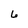
Character: 6